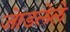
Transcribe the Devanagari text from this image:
जेाडलेले